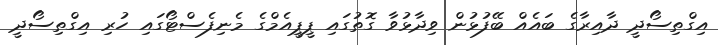
އިގްތިސޯދީ ދާއިރާގެ ބައެއް ބޭފުޅުން ވިދާޅުވާ ގޮތުގައި ޕީޕީއެމްގެ މެނިފެސްޓޯގައި ހުރި އިގްތިސޯދީ